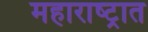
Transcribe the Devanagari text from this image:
महाराष्‍ट्रात